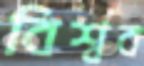
বিশ্বব